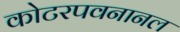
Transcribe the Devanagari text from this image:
कोटरपवनानल